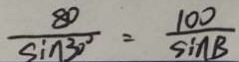
\frac { 8 0 } { \sin 3 0 ^ { \circ } } = \frac { 1 0 0 } { \sin B }